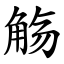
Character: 觞